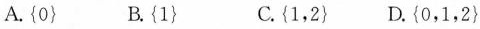
A.\left \{0\right \} B.\left \{1\right \} C\left \{1,2\right \} D.\left \{0，1，2\right \}